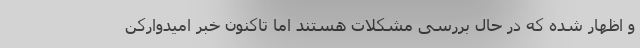
و اظهار شده که در حال بررسی مشکلات هستند اما تاکنون خبر امیدوارکن